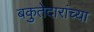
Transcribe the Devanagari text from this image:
बकुतेदारांच्या